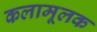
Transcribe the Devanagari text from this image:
कलामूलक